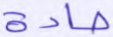
جادة